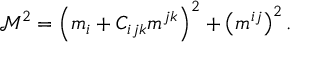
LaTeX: \mathcal { M } ^ { 2 } = \left( m _ { i } + C _ { i j k } m ^ { j k } \right) ^ { 2 } + \left( m ^ { i j } \right) ^ { 2 } .